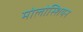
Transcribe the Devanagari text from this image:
मोलोस्शियन